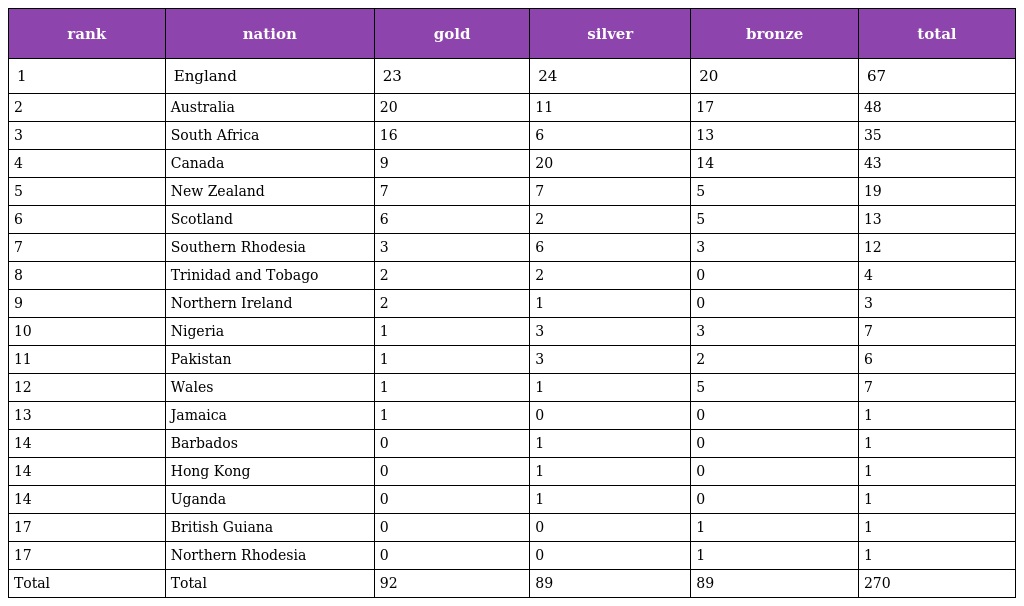
| rank | nation | gold | silver | bronze | total |
 | --- | --- | --- | --- | --- | --- |
 | 1 | England | 23 | 24 | 20 | 67 |
 | 2 | Australia | 20 | 11 | 17 | 48 |
 | 3 | South Africa | 16 | 6 | 13 | 35 |
 | 4 | Canada | 9 | 20 | 14 | 43 |
 | 5 | New Zealand | 7 | 7 | 5 | 19 |
 | 6 | Scotland | 6 | 2 | 5 | 13 |
 | 7 | Southern Rhodesia | 3 | 6 | 3 | 12 |
 | 8 | Trinidad and Tobago | 2 | 2 | 0 | 4 |
 | 9 | Northern Ireland | 2 | 1 | 0 | 3 |
 | 10 | Nigeria | 1 | 3 | 3 | 7 |
 | 11 | Pakistan | 1 | 3 | 2 | 6 |
 | 12 | Wales | 1 | 1 | 5 | 7 |
 | 13 | Jamaica | 1 | 0 | 0 | 1 |
 | 14 | Barbados | 0 | 1 | 0 | 1 |
 | 14 | Hong Kong | 0 | 1 | 0 | 1 |
 | 14 | Uganda | 0 | 1 | 0 | 1 |
 | 17 | British Guiana | 0 | 0 | 1 | 1 |
 | 17 | Northern Rhodesia | 0 | 0 | 1 | 1 |
 | Total | Total | 92 | 89 | 89 | 270 |